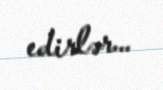
edirlər...